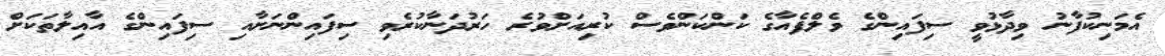
އެމަނިކުފާނު ވިދާޅުވީ ސިފައިންގެ ވެލްފެއާގެ ކަންކަންވެސް ކުރިއަށްވުރެ ހަރުދަނާކުރެވި ސިފައިންނަށާއި ސިފައިންގެ އާއިލާތަކަށް